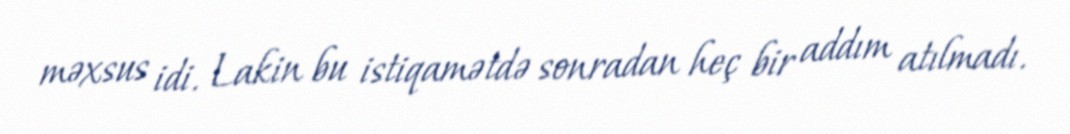
məxsus idi. Lakin bu istiqamətdə sonradan heç bir addım atılmadı.